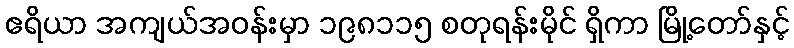
ဧရိယာ အကျယ်အဝန်းမှာ ၁၉၈၁၁၅ စတုရန်းမိုင် ရှိကာ မြို့တော်နှင့်